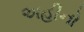
અહીનો